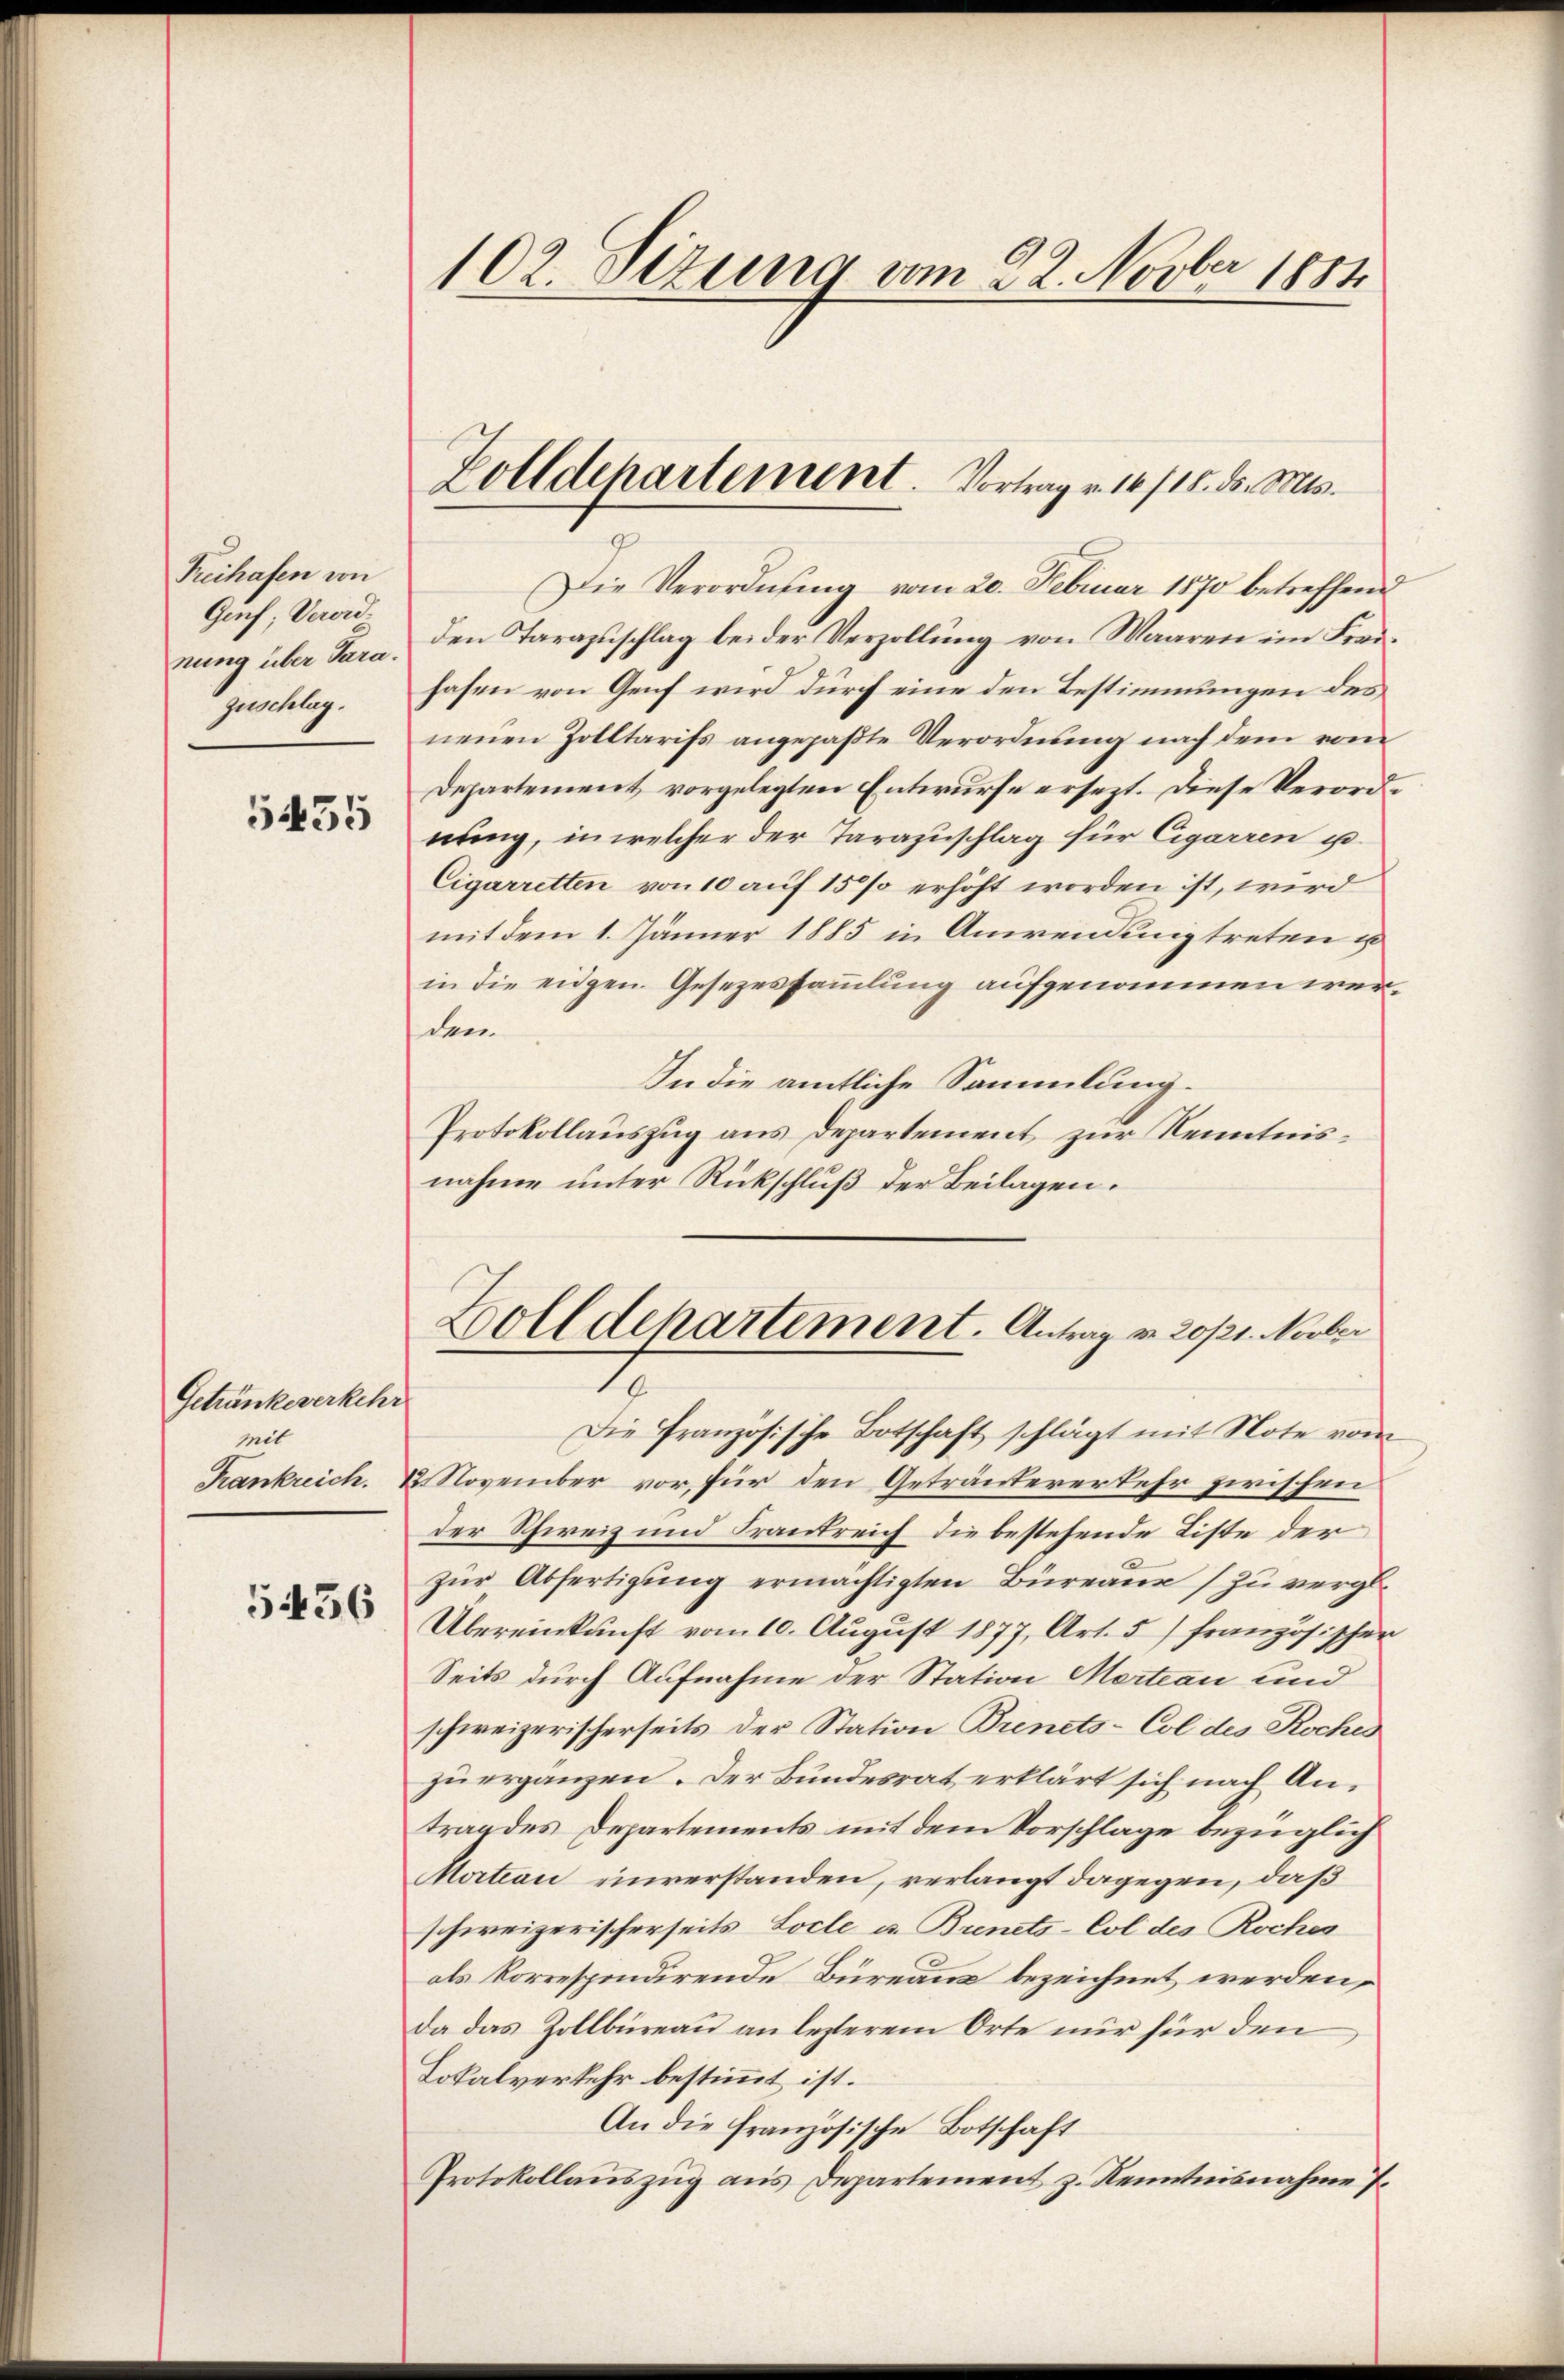
Freihafen von
Genf; Verord¬
Zuschlag.

5435

Getränkeverkehr
pt

5436

102. Sezung vom 22. Novber 1884

Die Verordnung vom 20. Februar 1870 betreffend
nung über Tara, den Tarazŭschlag bei der Verzollŭng von Waaren im Frei-
hafen von Genf wird durch eine den Bestimmungen des
neuen Zolltarifs angepaßte Verordnung nach dem vom
Departement vorgelegten Entwurfe ersezt. Diese Verordnung, in welcher der Tarazuschlag für Cigarren u.
Cigarretten von 10 auf 15% erhöht worden ist, wird
mit dem 1. Jänner 1885 in Anwendung treten u
in die eidgen. Gesezessammlung aufgenommen werden
In die amtliche Sammlung.
Protokollauszug aus Departement zur Kenntnisnahme unter Rückschluß der Beilagen.

Zolldepartement. Vortrag v. 16./18. ds. Mts.
7

Zolldepartement. Antrag v. 20/21. Novber

Die Französische Botschaft schlägt mit Note vom
Frankreich. 12. November vor, für den Getränkererkehr zwischen
der Schweiz und Frantreich die bestehende Liste der
zŭr Abfertigung ermächtigten Büreau zu vergl.
Übereinkunft vom 10. August 1877, Art. 5 französischer
Seits durch Aufnahme der Station Mertrau und
schweizerischerseits der Station Brinets-Col des Roches
zu ergänzen. Der Bundesrat erklärt sich nach Antrag des Departements mit dem Vorschlage bezüglich
Martian einverstanden, verlangt dagegen, daß
schweizerischerseits Locle u. Brinets-Col des Roches
als korrespondirende Büreaus bezeichnet werden,
da das Zollbüreau an lezterem Orte nur für den
Lokalverkehr bestimmt ist.
An die französische Botschaft
Protokollauszug aus Departement z. Kenntnisnahme 7.